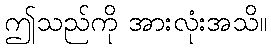
ဤသည်ကို အားလုံးအသိ။